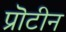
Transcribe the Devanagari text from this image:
प्रॊटीन